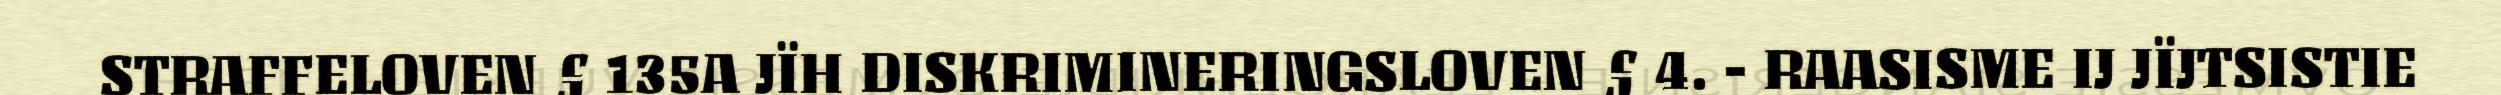
STRAFFELOVEN § 135A JÏH DISKRIMINERINGSLOVEN § 4. - RAASISME IJ JÏJTSISTIE